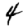
Digit: 4